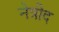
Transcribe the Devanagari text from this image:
नेत्रीद